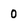
Character: 0